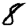
Digit: 8